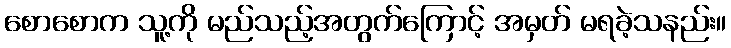
စောစောက သူ့ကို မည်သည့်အတွက်ကြောင့် အမှတ် မရခဲ့သနည်း။